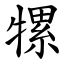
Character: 㹎